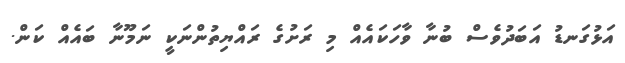
އަޅުގަނޑު އަބަދުވެސް ބުނާ ވާހަކައެއް މި ރަށުގެ ރައްޔިތުންނަކީ ނަމޫނާ ބައެއް ކަން.